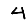
Digit: 4